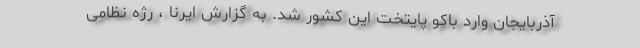
آذربایجان وارد باکو پایتخت این کشور شد. به گزارش ایرنا ، رژه نظامی